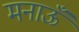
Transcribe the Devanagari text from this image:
मनाऊँ